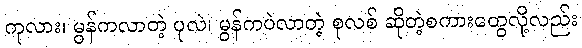
ကုလား၊ မွန်ကလာတဲ့ ပုလဲ၊ မွန်ကပဲလာတဲ့ စုလစ် ဆိုတဲ့စကားတွေလို့လည်း